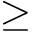
\geq